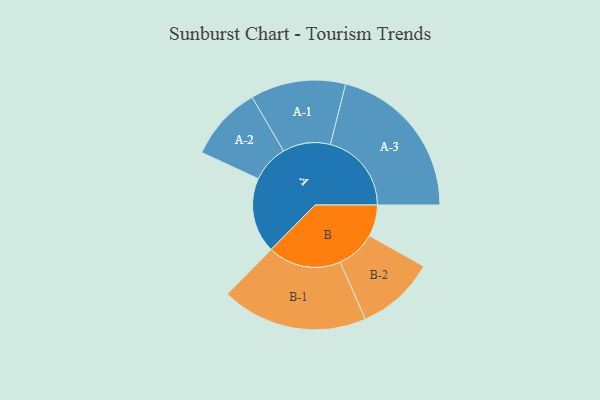
{"axis": {"x": "Segment", "y": "Value"}, "legend": ["", "A", "B"], "data": [{"x": "A", "y": 256, "type": ""}, {"x": "B", "y": 107, "type": ""}, {"x": "A-1", "y": 162, "type": "A"}, {"x": "A-2", "y": 127, "type": "A"}, {"x": "A-3", "y": 276, "type": "A"}, {"x": "B-1", "y": 249, "type": "B"}, {"x": "B-2", "y": 134, "type": "B"}]}